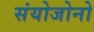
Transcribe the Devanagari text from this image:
संयोजोनो